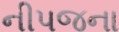
નીપજના